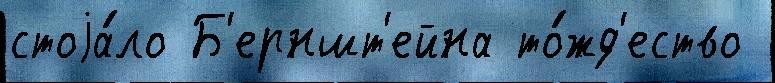
стоjа́ло Б'ерншт'ейна то́жд'ество